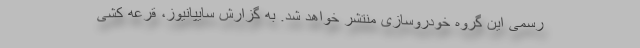
رسمی این گروه خودروسازی منتشر خواهد شد. به گزارش سايپانيوز، قرعه کشی